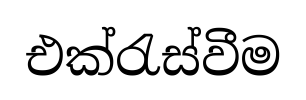
එක්රැස්වීම